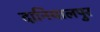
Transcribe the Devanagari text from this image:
दानियालपुर